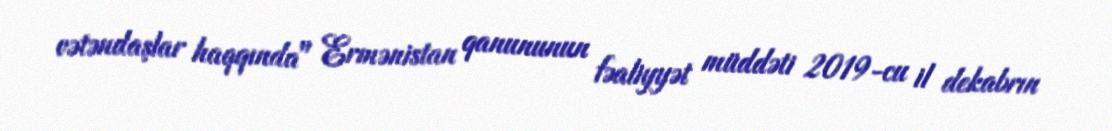
vətəndaşlar haqqında" Ermənistan qanununun fəaliyyət müddəti 2019-cu il dekabrın